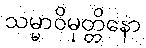
သမ္မာဝိမုတ္တိနော